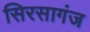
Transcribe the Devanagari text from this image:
सिरसागंज